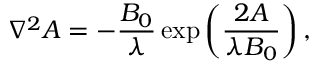
\nabla ^ { 2 } A = - \frac { B _ { 0 } } { \lambda } \exp \left( \frac { 2 A } { \lambda B _ { 0 } } \right) ,